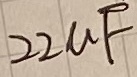
Text: 22µF